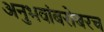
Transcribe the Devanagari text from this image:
अनुभवांबरोबरच